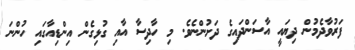
ފަރުވާދެމުން ދިޔައީ އާސަންދައިގެ ދަށުންނެވެ. މި ހާދިސާ އާއި ގުޅިގެން އިންޑިއާގައި ހުންނަ